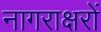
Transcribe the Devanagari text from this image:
नागराक्षरों